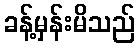
ခန့်မှန်းမိသည်